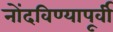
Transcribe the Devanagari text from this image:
नोंदविण्यापूर्वी